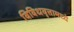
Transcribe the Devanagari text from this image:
विविधवृत्तामध्ये